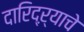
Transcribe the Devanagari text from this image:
दारिद्‌ऱ्याचे